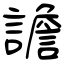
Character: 譫